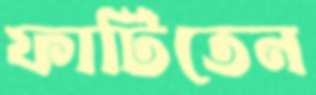
ফাটিতেন